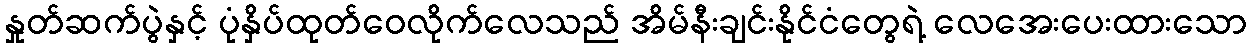
နှုတ်ဆက်ပွဲနှင့် ပုံနှိပ်ထုတ်ဝေလိုက်လေသည် အိမ်နီးချင်းနိုင်ငံတွေရဲ့ လေအေးပေးထားသော